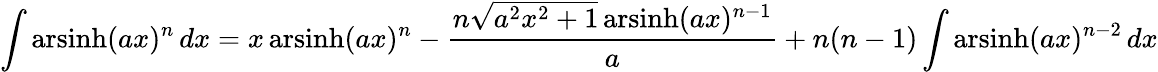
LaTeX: \int\operatorname{arsinh}(ax)^{n}\, dx=x\operatorname{arsinh}(ax)^{n}-{\frac{n{\sqrt{a^{2}x^{2}+1}}\operatorname{arsinh}(ax)^{n-1}}{a}}+n(n-1)\int\operatorname{arsinh}(ax)^{n-2}\, dx